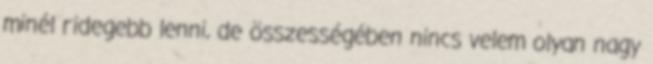
minél ridegebb lenni, de összességében nincs velem olyan nagy